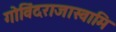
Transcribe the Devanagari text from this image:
गोविंदराजास्वामि